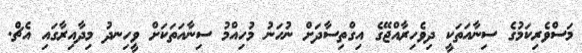
މަސްވެރިކަމުގެ ސިނާއަތަކީ ދިވެހިރާއްޖޭގެ އިގްތިސާދަށް ނުހަނު މުހިއްމު ސިނާއަތަކަށް ވީހިނދު މިދާއިރާގައި އެޗް.